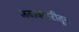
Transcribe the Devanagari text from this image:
जवाबदारीतून